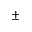
\pm